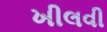
ખીલવી